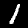
Label: 1